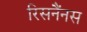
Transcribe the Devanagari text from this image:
रिसनैंनस